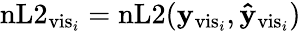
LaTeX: \mathrm{nL2}_{\mathrm{vis}_{i}}=\mathrm{nL2}(\mathbf{y}_{\mathrm{vis}_{i}},\mathbf{\hat{y}}_{\mathrm{vis}_{i}})